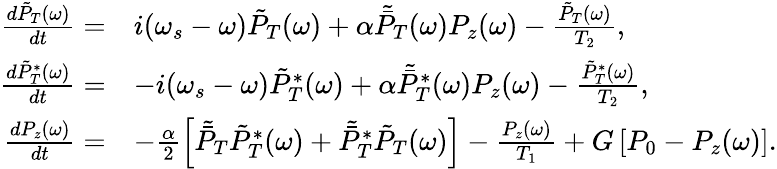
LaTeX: \begin{array}{rl}{\frac{d\tilde{P}_{T}(\omega)}{dt}=}&{i(\omega_{s}-\omega)\tilde{P}_{T}(\omega)+\alpha\tilde{\bar{P}}_{T}(\omega)P_{z}(\omega)-\frac{\tilde{P}_{T}(\omega)}{T_{2}},}\\ {\frac{d\tilde{P}_{T}^{*}(\omega)}{dt}=}&{-i(\omega_{s}-\omega)\tilde{P}_{T}^{*}(\omega)+\alpha\tilde{\bar{P}}_{T}^{*}(\omega)P_{z}(\omega)-\frac{\tilde{P}_{T}^{*}(\omega)}{T_{2}},}\\ {\frac{dP_{z}(\omega)}{dt}=}&{-\frac{\alpha}{2}\left[\tilde{\bar{P}}_{T}\tilde{P}_{T}^{*}(\omega)+\tilde{\bar{P}}_{T}^{*}\tilde{P}_{T}(\omega)\right]-\frac{P_{z}(\omega)}{T_{1}}+G\left[P_{0}-P_{z}(\omega)\right].}\end{array}